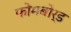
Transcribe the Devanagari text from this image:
फोमबोर्ड